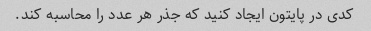
کدی در پایتون ایجاد کنید که جذر هر عدد را محاسبه کند.